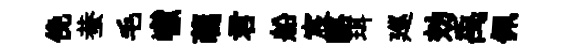
俛蛬毛巘蘤君船宸酪珥廵効禹佩